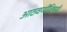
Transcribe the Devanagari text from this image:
आठवणींविषयी